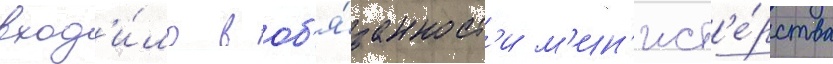
вход'и́ло в об'я́занност'и м'ин'ист'е́рства